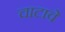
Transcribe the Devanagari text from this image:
चाटावे